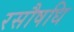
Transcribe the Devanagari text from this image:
रसौषधि